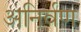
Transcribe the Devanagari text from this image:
अनिर्वण